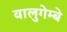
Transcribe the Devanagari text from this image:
वालुगेम्बे